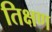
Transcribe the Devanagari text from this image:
तिक्षण